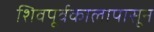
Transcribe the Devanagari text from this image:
शिवपूर्वकालापासून